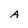
Character: A